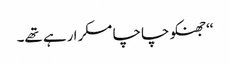
‘‘جھنکو چاچا مسکرا رہے تھے۔